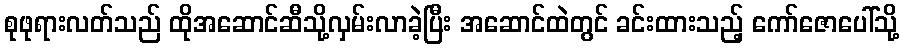
စုဖုရားလတ်သည် ထိုအဆောင်ဆီသို့လှမ်းလာခဲ့ပြီး အဆောင်ထဲတွင် ခင်းထားသည့် ကော်ဇောပေါ်သို့